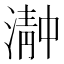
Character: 𬈴